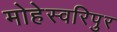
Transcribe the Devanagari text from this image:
मोहेस्वरिपुर